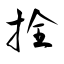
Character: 拴